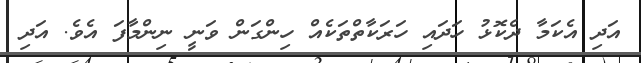
އަދި އެކަމާ ދެކޮޅު ހަދައި ހަރަކާތްތަކެއް ހިންގަން ވަނީ ނިންމާފަ އެވެ. އަދި